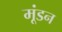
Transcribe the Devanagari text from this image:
मूंडन